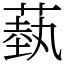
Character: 蓺